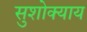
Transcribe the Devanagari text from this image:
सुशोक्याय